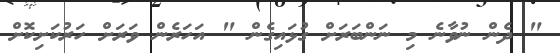
" ދެން ނުވާނެ މި ނަންބަރަށް ގުޅައިގެން " އަހަރެން ވަރަށް ހަރުކަށިކޮށް